Indian journal of veterinary science and animal husbandry - Volumes 24-25, 1954-1955
Year: 1954
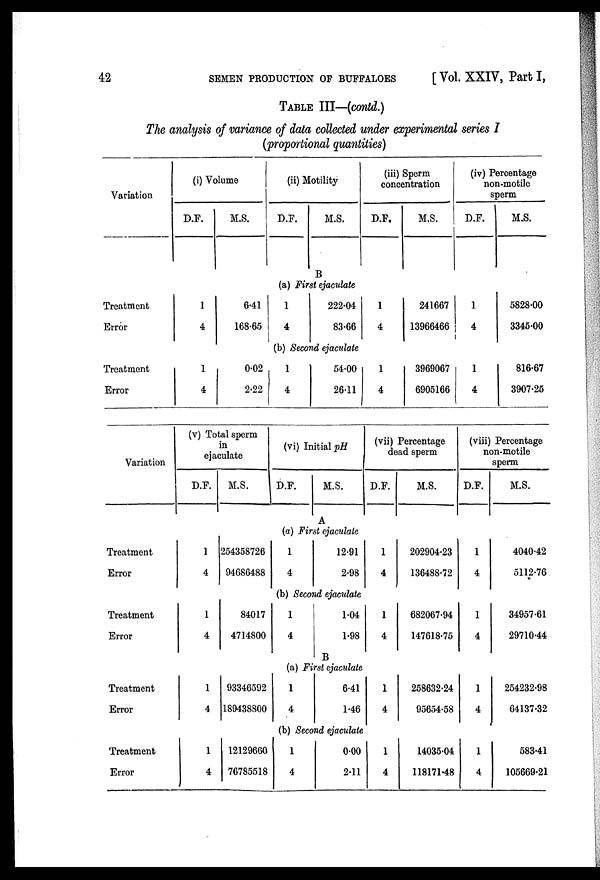
42
SEMEN PRODUCTION OF BUFFALOES
[ Vol. XXIV, Part I,
TABLE III—(contd.)
The analysis of variance of data collected under experimental series I
(proportional quantities)
Variation
Treatment
Error
Treatment
Error
Variation
Treatment
Error
Treatment
Error
Treatment
Error
Treatment
Error
(i) Volume
D.F.
1
4
1
4
M.S.
6.41
168.65
0.02
2.22
(v) Total sperm
in
ejaculate
D.F.
1
4
1
4
1
4
1
4
M.S.
254358726
94686488
84017
4714800
93346592
189438800
12129660
76785518
(ii) Motility
D.F.
M.S.
B
(a) First ejaculate
1
4
222.04
83.66
(b) Second ejaculate
1
4
54.00
26.11
(vi) Initial pH
D.F.
M.S.
A
(a) First ejaculate
1
4
12.91
2.98
(b) Second ejaculate
1
4
1.04
1.98
B
(a) First ejaculate
1
4
6.41
1.46
(b) Second ejaculate
1
4
0.00
2.11
(iii) Sperm
concentration
D.F.
1
4
1
4
M.S.
241667
13966466
3969067
6905166
(vii) Percentage
dead sperm
D.F.
1
4
1
4
1
4
1
4
M.S.
202904.23
136488.72
682067.94
147618.75
258632.24
95654.58
14035.04
118171.48
(iv) Percentage
non-motile
sperm
D.F.
1
4
1
4
M.S.
5828.00
3345.00
816.67
3907.25
(viii) Percentage
non.motile
sperm
D.F.
1
4
1
4
1
4
1
4
M.S.
4040.42
5112.76
34957.61
29710.44
254232.98
64137.32
583.41
105669.21